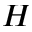
H